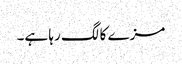
مزے کا لگ رہا ہے۔